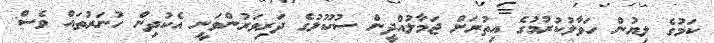
ކަމުގެ ލިޔުން ހަވާލުކުރުމުގެ އިތުރަށް ޖަމާލުއްދީން ސުކޫލުގެ ދަރިވަރުންވަނީ އެކުދިން ހުނަރުތައް ވެސް